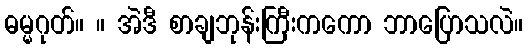
ဓမ္မဂုတ်။ ။ အဲဒီ စာချဘုန်းကြီးကကော ဘာပြောသလဲ။